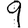
Digit: 9